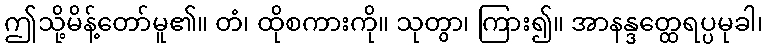
ဤသို့မိန့်တော်မူ၏။ တံ၊ ထိုစကားကို။ သုတွာ၊ ကြား၍။ အာနန္ဒတ္ထေရပ္ပမုခါ၊